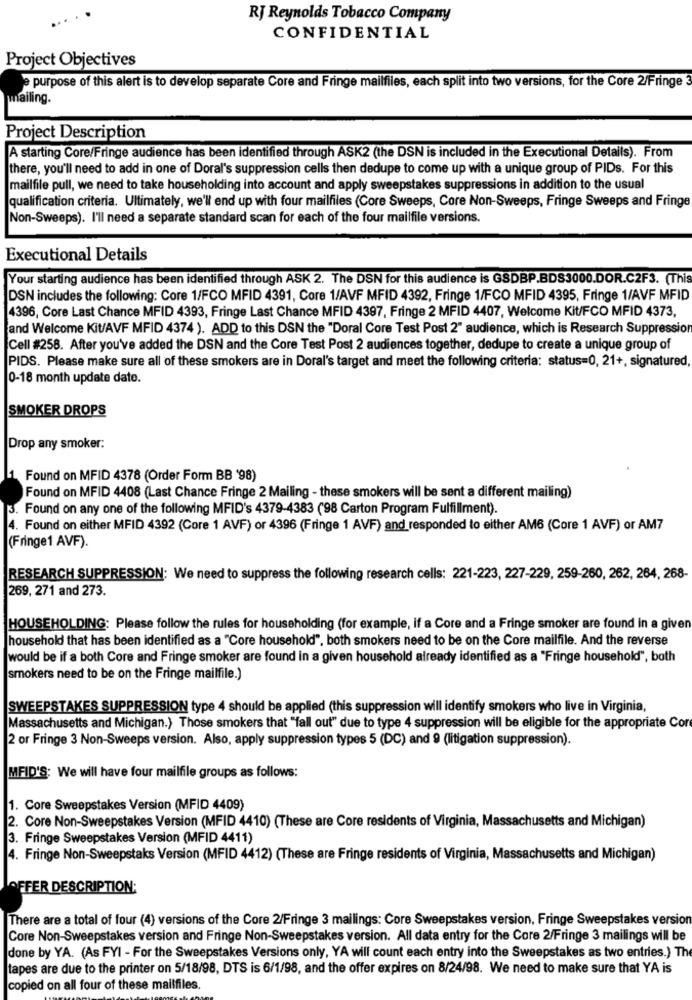
..
RJ Reynolds Tobacco Company
CONFIDENTIAL
Project Objectives
purpose of this alert is to develop separate Core and Fringe mailfiles, each split into two versions, for the Core 2/Fringe 3
mailing.
Project Description
A starting Core/Fringe audience has been identified through ASK2 (the DSN is included in the Executional Details). From
there, you'll need to add in one of Doral's suppression cells then dedupe to come up with a unique group of PIDs. For this
mailfile pull, we need to take householding into account and apply sweepstakes suppressions in addition to the usual
qualification criteria. Ultimately, we'll end up with four mailfiles (Core Sweeps, Core Non-Sweeps, Fringe Sweeps and Fringe
Non-Sweeps). I'll need a separate standard scan for each of the four mailfile versions.
Executional Details
Your starting audience has been identified through ASK 2. The DSN for this audience is GSDBP.BDS3000.DOR.C2F3. (This
DSN includes the following: Core 1/FCO MFID 4391, Core 1/AVF MFID 4392, Fringe 1/FCO MFID 4395, Fringe 1/AVF MFID
4396, Core Last Chance MFID 4393, Fringe Last Chance MFID 4397, Fringe 2 MFID 4407, Welcome Kit/FCO MFID 4373,
and Welcome Kit/AVF MFID 4374 ). ADD to this DSN the "Doral Core Test Post 2" audience, which is Research Suppression
Cell #258. After you've added the DSN and the Core Test Post 2 audiences together, dedupe to create a unique group of
PIDS. Please make sure all of these smokers are in Doral's target and meet the following criteria: status=0, 21+, signatured,
0-18 month update date.
SMOKER DROPS
Drop any smoker:
Found on MFID 4378 (Order Form BB '98)
Found on MFID 4408 (Last Chance Fringe 2 Mailing - these smokers will be sent a different mailing)
. Found on any one of the following MFID's 4379-4383 ('98 Carton Program Fulfillment).
4. Found on either MFID 4392 (Core 1 AVF) or 4396 (Fringe 1 AVF) and responded to either AM6 (Core 1 AVF) or AM7
(Fringe1 AVF).
RESEARCH SUPPRESSION: We need to suppress the following research cells: 221-223, 227-229, 259-260, 262, 264, 268-
269, 271 and 273.
HOUSEHOLDING: Please follow the rules for householding (for example, if a Core and a Fringe smoker are found in a given
household that has been identified as a "Core household", both smokers need to be on the Core mailfile. And the reverse
would be if a both Core and Fringe smoker are found in a given household already identified as a "Fringe household", both
smokers need to be on the Fringe mailfile.)
SWEEPSTAKES SUPPRESSION type 4 should be applied (this suppression will identify smokers who live in Virginia,
Massachusetts and Michigan.> Those smokers that "fall out" due to type 4 suppression will be eligible for the appropriate Cor
2 or Fringe 3 Non-Sweeps version. Also, apply suppression types 5 (DC) and 9 (litigation suppression).
MFID'S: We will have four mailfile groups as follows:
1. Core Sweepstakes Version (MFID 4409)
2. Core Non-Sweepstakes Version (MFID 4410) (These are Core residents of Virginia, Massachusetts and Michigan)
3. Fringe Sweepstakes Version (MFID 4411)
4. Fringe Non-Sweepstaks Version (MFID 4412) (These are Fringe residents of Virginia, Massachusetts and Michigan)
OFFER DESCRIPTION:
There are a total of four (4) versions of the Core 2/Fringe 3 mailings: Core Sweepstakes version, Fringe Sweepstakes version
Core Non-Sweepstakes version and Fringe Non-Sweepstakes version. All data entry for the Core 2/Fringe 3 mailings will be
done by YA. (As FYI - For the Sweepstakes Versions only, YA will count each entry into the Sweepstakes as two entries.) The
tapes are due to the printer on 5/18/98, DTS is 6/1/98, and the offer expires on 8/24/98. We need to make sure that YA is
copied on all four of these mailfiles.